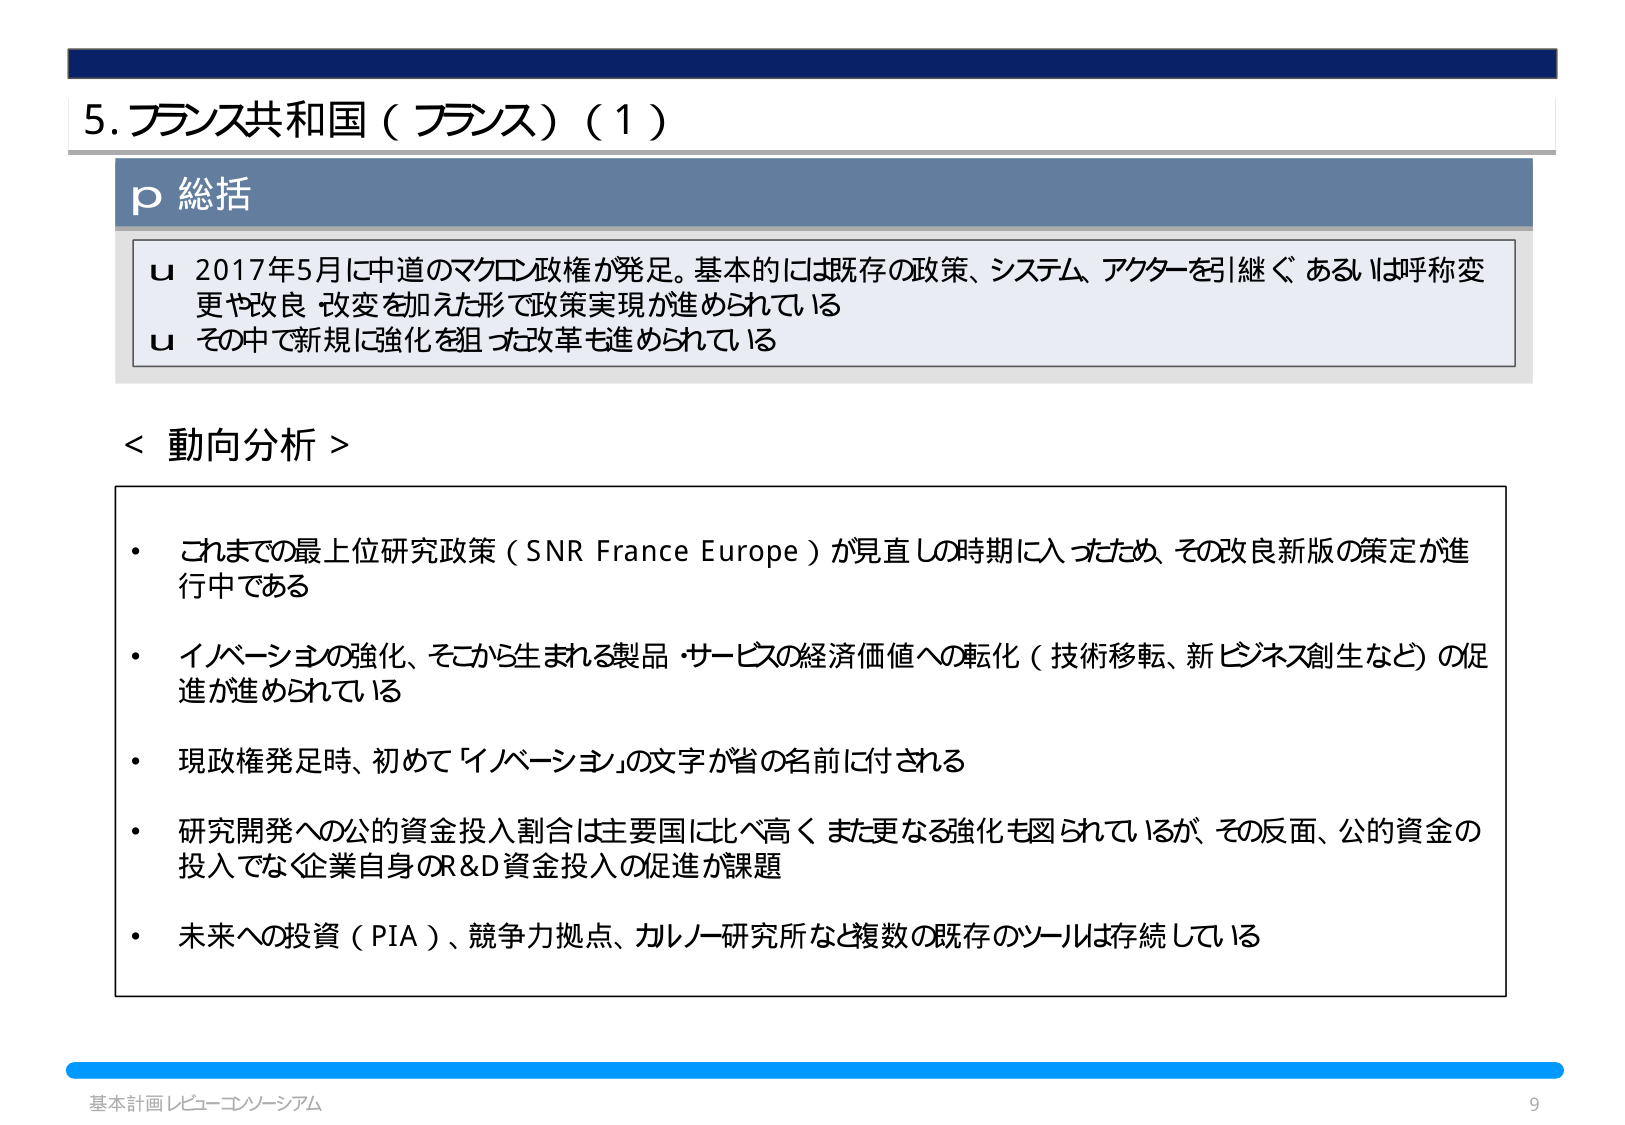
5. フランス共和国（フランス）（1）

p 総括

u 2017年5月に中道のマクロン政権が発足。基本的には既存の政策、システム、アクターを引継ぐ、あるいは呼称変更や改良・改変を加えた形で政策実現が進められている
u その中で新規に強化を狙った改革も進められている

< 動向分析 >

・ これまでの最上位研究政策（SNR France Europe）が見直しの時期に入ったため、その改良新版の策定が進行中である
・ イノベーションの強化、そこから生まれる製品・サービスの経済価値への転化（技術移転、新ビジネス創生など）の促進が進められている
・ 現政権発足時、初めて「イノベーション」の文字が省の名前に付される
・ 研究開発への公的資金投入割合は主要国に比べ高く、また更なる強化も図られているが、その反面、公的資金の投入でなく企業自身のR&D資金投入の促進が課題
・ 未来への投資（PIA）、競争力拠点、カルノー研究所など複数の既存のツールは存続している

基本計画レビュー・コンソーシアム
9